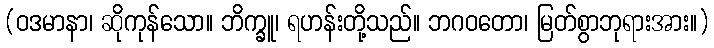
(ဝဒမာနာ၊ ဆိုကုန်သော။ ဘိက္ခူ၊ ရဟန်းတို့သည်။ ဘဂဝတော၊ မြတ်စွာဘုရားအား။)